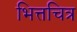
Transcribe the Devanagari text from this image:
भित्तचित्र